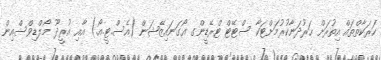
ހަރަކާތްތައް އިތުރަށް ހަރުދަނާކުރުމަށްޓަކާ ސްޓޭޓް ޓްރޭޑީންގ އޯގަނައިޒޭޝަން (އެސް.ޓީ.އޯ.) އާއި އުރީދޫ މޯލްޑިވްސްއިން